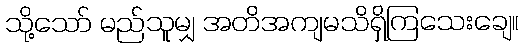
သို့သော် မည်သူမျှ အတိအကျမသိရှိကြသေးချေ။